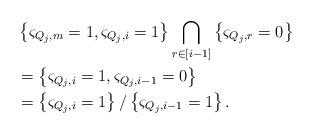
LaTeX: \begin{align*}\begin{aligned}&\left\{\varsigma_{Q_j,m}=1, \varsigma_{Q_j,i}=1 \right\}\bigcap_{r\in [i-1]}\left\{ \varsigma_{Q_j,r}=0\right\}\\&=\left\{\varsigma_{Q_j,i}=1,\varsigma_{Q_j,i-1}=0\right\}\\&=\left\{\varsigma_{Q_j,i}=1\right\} /\left\{\varsigma_{Q_j,i-1}=1\right\}.\end{aligned}\end{align*}